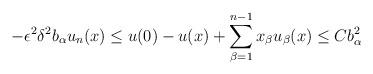
LaTeX: \begin{align*}- \epsilon^2 \delta^2 b_{\alpha} u_n (x) \leq u(0) - u(x) + \sum_{\beta = 1}^{n-1} x_\beta u_\beta (x) \leq C b_\alpha^2\end{align*}